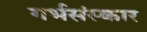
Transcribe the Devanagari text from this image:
गर्भसंस्कार